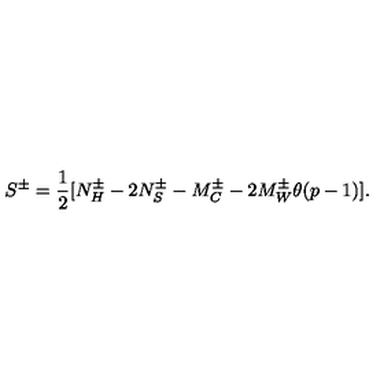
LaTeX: S ^ { \pm } = \frac { 1 } { 2 } [ N _ { H } ^ { \pm } - 2 N _ { S } ^ { \pm } - M _ { C } ^ { \pm } - 2 M _ { W } ^ { \pm } \theta ( p - 1 ) ] .